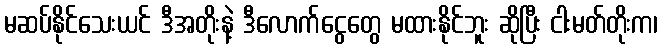
မဆပ်နိုင်သေးယင် ဒီအတိုးနဲ့ ဒီလောက်ငွေတွေ မထားနိုင်ဘူး ဆိုပြီး ငါးမတ်တိုးက၊